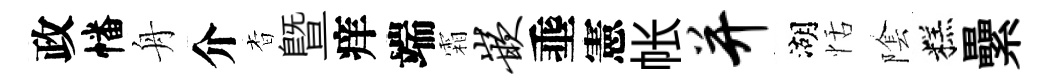
政幡舟介杳暨痒端霜嵌埀憲帐并湖恬隂糕纍